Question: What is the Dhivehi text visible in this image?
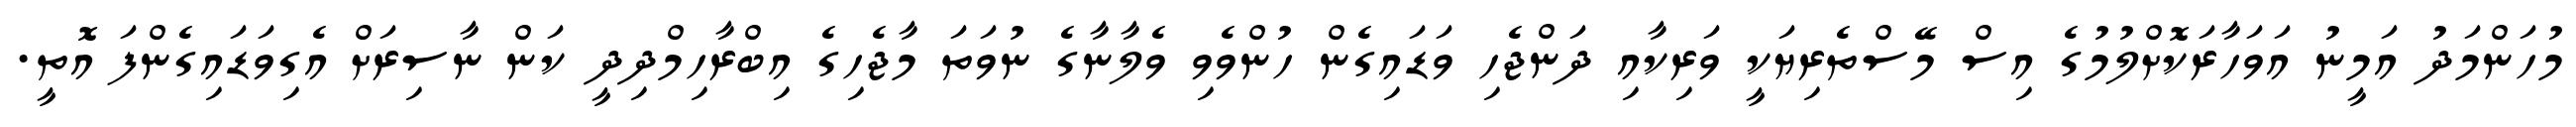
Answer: މުހަންމަދު އަމީނު އަވަހާރަކޮށްލުމުގެ އިސް މޭސްތެރިޔަކީ ވަރިކާއި ދަންޖެހި ވަޑައިގެން ހުންވެވި ވެލާނާގެ ނުވަތަ މާޖެހިގެ އިބްރާހިމްދިދީ ކަން ނާސިރަށް އެގިވަޑައިގެންފަ އޮތީ.